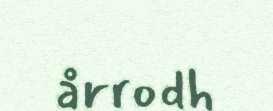
årrodh